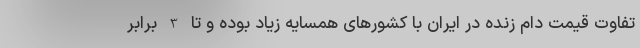
تفاوت قیمت دام زنده در ایران با کشورهای همسایه زیاد بوده و تا 3 برابر